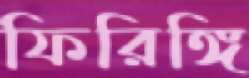
ফিরিঙ্গি